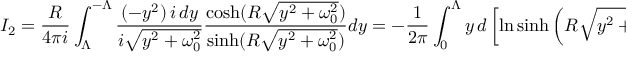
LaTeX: I _ { 2 } = \frac { R } { 4 \pi i } \int _ { \Lambda } ^ { - \Lambda } \frac { ( - y ^ { 2 } ) \, i \, d y } { i \sqrt { y ^ { 2 } + \omega _ { 0 } ^ { 2 } } } \frac { \cosh ( R \sqrt { y ^ { 2 } + \omega _ { 0 } ^ { 2 } } ) } { \sinh ( R \sqrt { y ^ { 2 } + \omega _ { 0 } ^ { 2 } } ) } d y = - \frac { 1 } { 2 \pi } \int _ { 0 } ^ { \Lambda } y \, d \left[ \ln \sinh \left( R \sqrt { y ^ { 2 } + \omega _ { 0 } ^ { 2 } } \right) \right] .